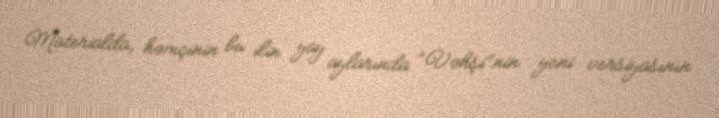
Materialda, həmçinin bu ilin yay aylarında “Vəhşi”nin yeni versiyasının